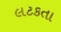
લટકતા